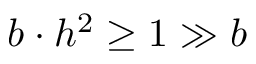
b \cdot h ^ { 2 } \geq 1 \gg b